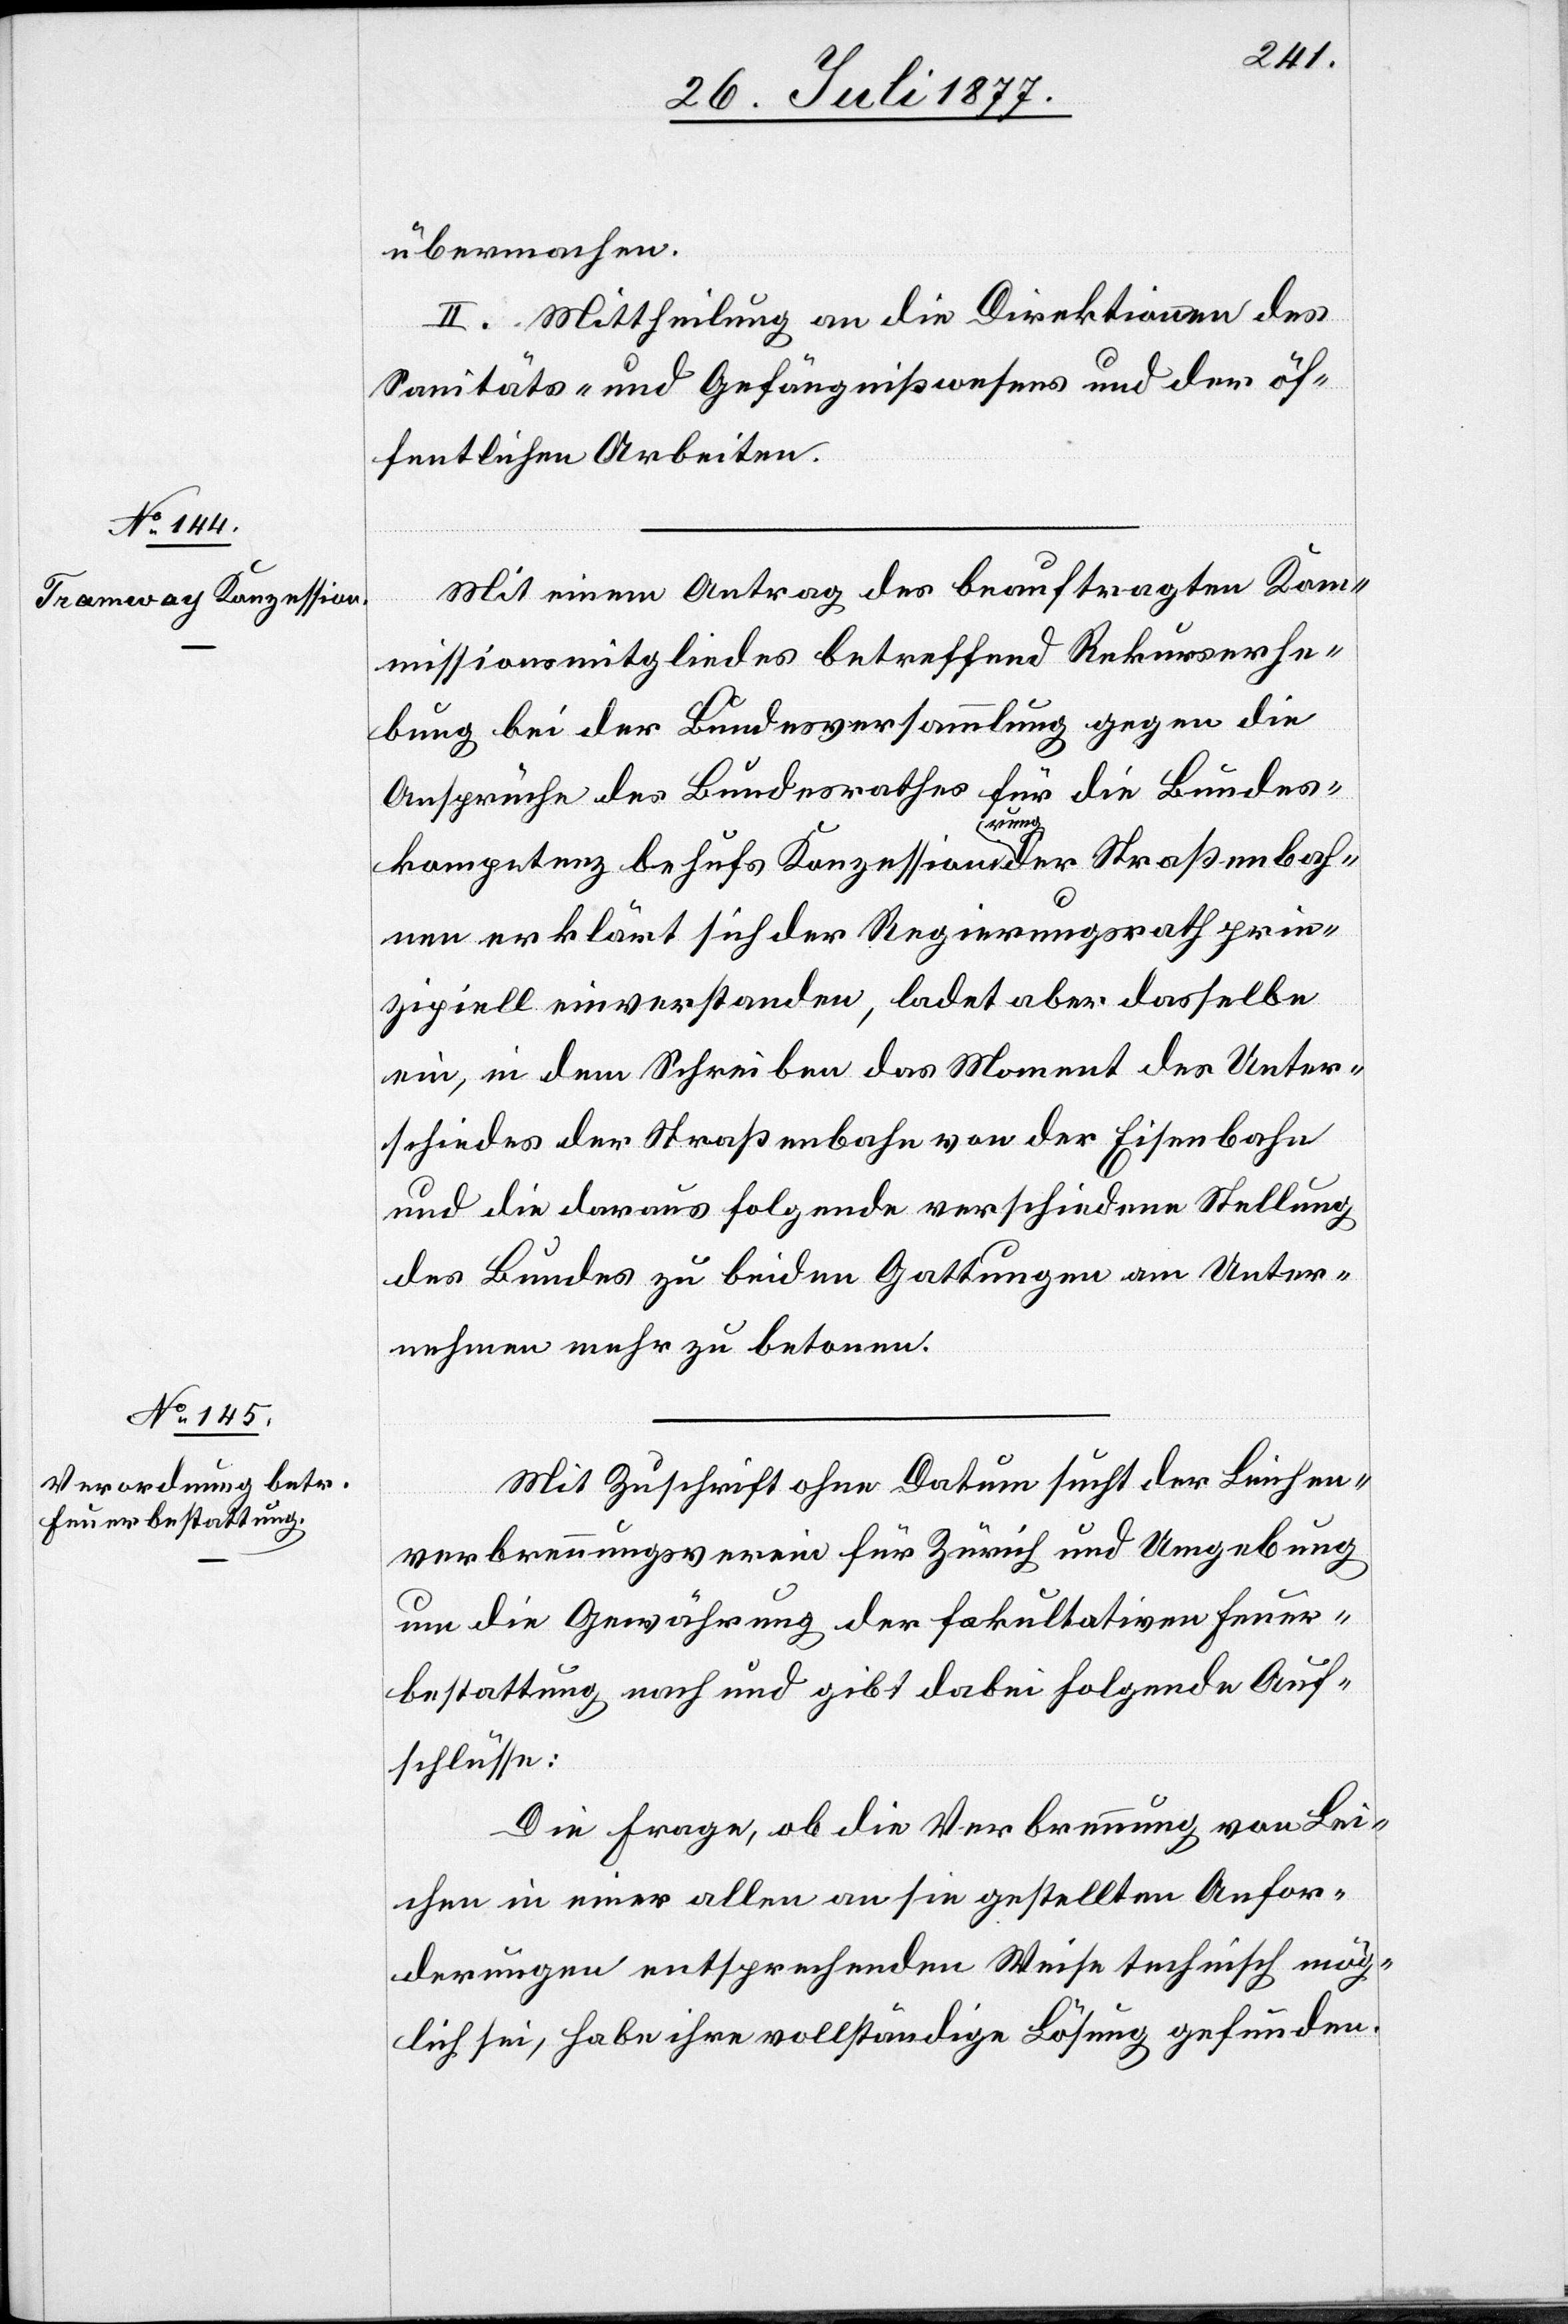
übermachen.
II. Mittheilung an die Direktionen des
Sanitäts- und Gefängnißwesens und der öf¬
fentlichen Arbeiten.
Mit einem Antrag des beauftragten Kom¬
missionsmitgliedes betreffend Rekurserhe¬
bung bei der Bundesversammlung gegen die
Ansprüche des Bundesrathes für die Bundes¬
kompetenz behufs Konzessionirung der Straßenbah¬
nen erklärt sich der Regierungsrath prin¬
zipiell einverstanden, ladet aber dasselbe
ein, in dem Schreiben das Moment des Unter¬
schiedes der Straßenbahn von der Eisenbahn
und die daraus folgende verschiedene Stellung
des Bundes zu beiden Gattungen am Unter¬
nehmen mehr zu betonen.
Mit Zuschrift ohne Datum sucht der Leichen¬
verbrennungsverein für Zürich und Umgebung
um die Gewährung der fakultativen Feuer¬
bestattung nach und gibt dabei folgende Auf¬
schlüsse:
Die Frage, ob die Verbrennung von Lei¬
chen in einer allen an sie gestellten Anfor¬
derungen entsprechenden Weise technisch mög¬
lich sei, habe ihre vollständige Lösung gefunden.